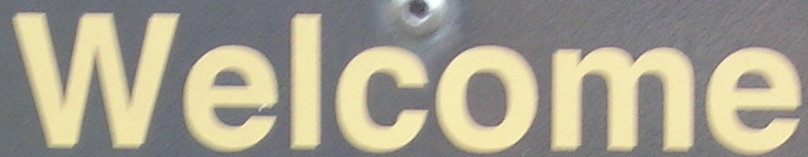
Welcome